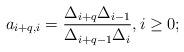
LaTeX: \begin{align*}a_{i+q,i}=\frac{\Delta_{i+q}\Delta_{i-1}}{\Delta_{i+q-1}\Delta_{i}},i \ge 0;\end{align*}